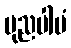
ပုညပါပံ